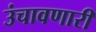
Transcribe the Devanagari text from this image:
उंचावणारी